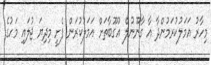
މިހާރު އަމަލުކުރަމުންދާ އާ ގާނޫނުލް އުގޫބާތަށް އަމަލުކުރަން ފެށީ މިދިޔަ ޖުލައި މަހުގެ